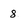
Character: 8